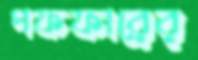
গফফারের